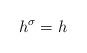
LaTeX: \begin{align*}h^{\sigma}=h\end{align*}